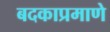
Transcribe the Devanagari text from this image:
बदकाप्रमाणे